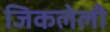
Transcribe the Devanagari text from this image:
जिकलेली